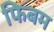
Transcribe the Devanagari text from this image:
फिबम